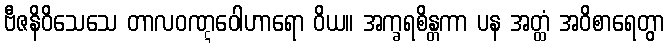
ဗီဇနိဝိသေသေ တာလဝဏ္ဋဝေါဟာရော ဝိယ။ အက္ခရစိန္တကာ ပန အတ္ထံ အဝိစာရေတွာ